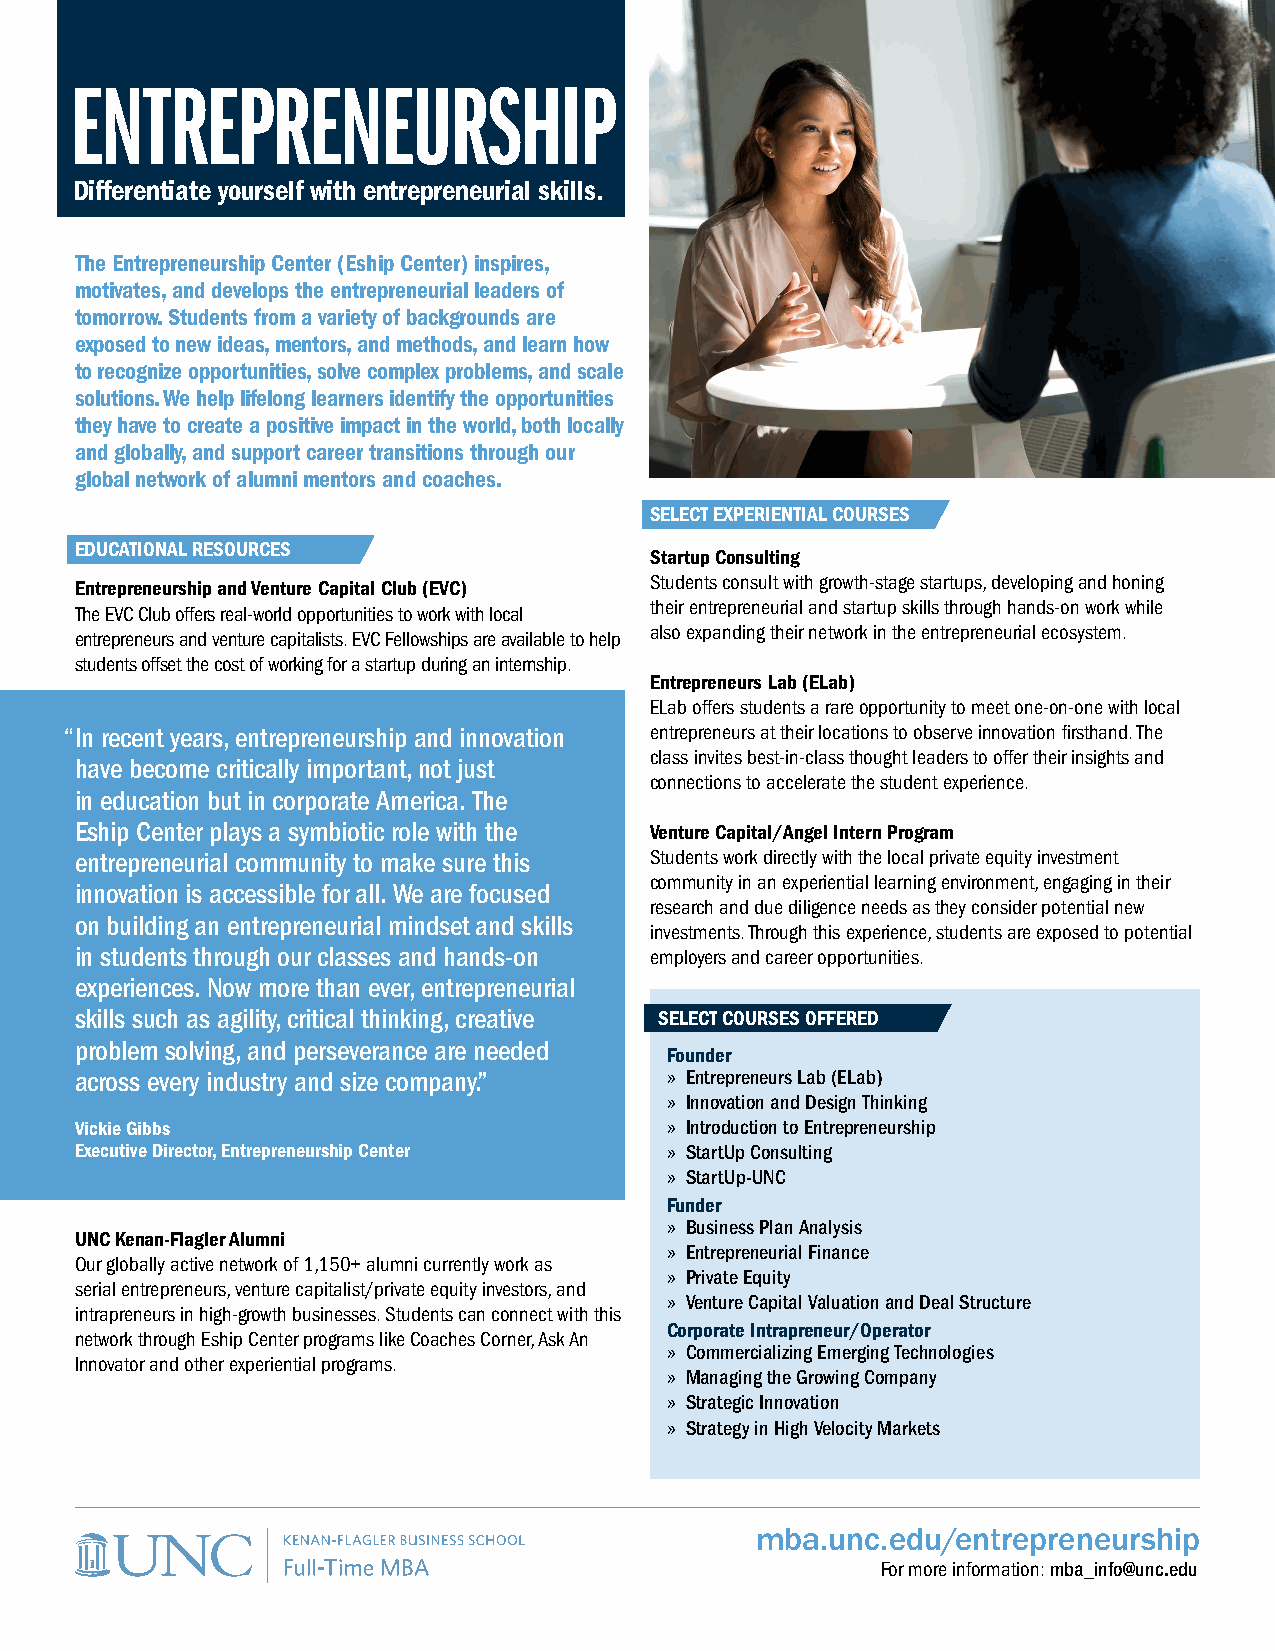
ENTREPRENEURSHIP
 Differentiate yourself with entrepreneurial skills.
 The Entrepreneurship Center (Eship Center) inspires,
 motivates, and develops the entrepreneurial leaders of
 tomorrow. Students from a variety of backgrounds are
 exposed to new ideas, mentors, and methods, and learn how
 to recognize opportunities, solve complex problems, and scale
 solutions. We help lifelong learners identify the opportunities
 they have to create a positive impact in the world, both locally
 and globally, and support career transitions through our
 global network of alumni mentors and coaches.
 SELECT EXPERIENTIAL COURSES
 EDUCATIONAL RESOURCES
 Startup Consulting
 Students consult with growth-stage startups, developing and honing
 Entrepreneurship and Venture Capital Club (EVC)
 their entrepreneurial and startup skills through hands-on work while
 The EVC Club offers real-world opportunities to work with local
 also expanding their network in the entrepreneurial ecosystem.
 entrepreneurs and venture capitalists. EVC Fellowships are available to help
 students offset the cost of working for a startup during an internship.
 Entrepreneurs Lab (ELab)
 ELab offers students a rare opportunity to meet one-on-one with local
 “In recent years, entrepreneurship and innovation entrepreneurs at their locations to observe innovation firsthand. The
 class invites best-in-class thought leaders to offer their insights and
 have become critically important, not just
 connections to accelerate the student experience.
 in education but in corporate America. The
 Eship Center plays a symbiotic role with the Venture Capital/Angel Intern Program
 entrepreneurial community to make sure this Students work directly with the local private equity investment
 community in an experiential learning environment, engaging in their
 innovation is accessible for all. We are focused
 research and due diligence needs as they consider potential new
 on building an entrepreneurial mindset and skills
 investments. Through this experience, students are exposed to potential
 in students through our classes and hands-on employers and career opportunities.
 experiences. Now more than ever, entrepreneurial
 skills such as agility, critical thinking, creative SELECT COURSES OFFERED
 problem solving, and perseverance are needed
 Founder
 across every industry and size company.” » Entrepreneurs Lab (ELab)
 » Innovation and Design Thinking
 Vickie Gibbs                           » Introduction to Entrepreneurship
 Executive Director, Entrepreneurship Center » StartUp Consulting
 » StartUp-UNC
 F» under
 » Business Plan Analysis
 UNC Kenan-Flagler Alumni
 » Entrepreneurial Finance
 Our globally active network of 1,150+ alumni currently work as
 » Private Equity
 serial entrepreneurs, venture capitalist/private equity investors, and
 » Venture Capital Valuation and Deal Structure
 intrapreneurs in high-growth businesses. Students can connect with this
 C» orporate Intrapreneur/Operator
 network through Eship Center programs like Coaches Corner, Ask An
 » Commercializing Emerging Technologies
 Innovator and other experiential programs.
 » Managing the Growing Company
 » Strategic Innovation
 » Strategy in High Velocity Markets
 mba.unc.edu/entrepreneurship
 For more information: mba_info@unc.edu